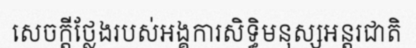
សេចក្តីថ្លែងរបស់អង្គការសិទ្ធិមនុស្សអន្តរជាតិ